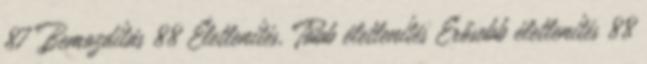
87 Bemozdítás 88 Életlenítés, Több életlenítés Erősebb életlenítés 88